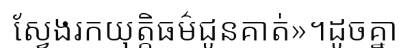
ស្វែងរកយុត្តិធម៌ជូនគាត់»។ដូចគ្នា